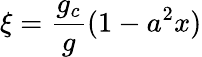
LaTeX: \xi=\frac{g_{c}}{g}(1-a^{2}x)